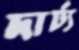
দার্ঢ্য